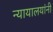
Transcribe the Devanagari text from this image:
न्यायालयांनी